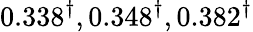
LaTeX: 0.338^{\dagger},0.348^{\dagger},0.382^{\dagger}